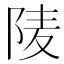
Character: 𨹧